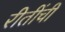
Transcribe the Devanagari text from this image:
रीतींची